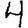
Digit: 4